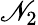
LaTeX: \mathscr{N}_{2}